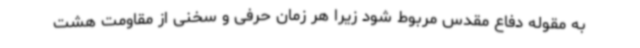
به مقوله دفاع مقدس مربوط شود زیرا هر زمان حرفی و سخنی از مقاومت هشت